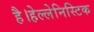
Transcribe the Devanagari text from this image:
है।हेल्लेनिस्टिक